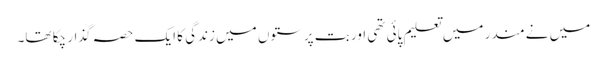
میں نے مندر میں تعلیم پائی تھی اور بت پرستوں میں زندگی کا ایک حصہ گذار چکا تھا۔